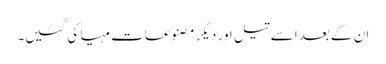
ان کے بعد اسے تیل اور دیگر مصنوعات مہیا کی گئیں۔